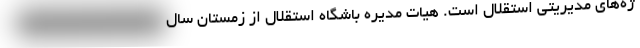
ژه‌های مدیریتی استقلال است. هیات مدیره باشگاه استقلال از زمستان سال